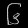
Digit: ၆